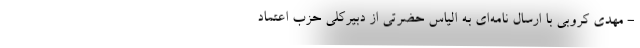
- مهدی کروبی با ارسال نامه‌ای به الیاس حضرتی از دبیرکلی حزب اعتماد